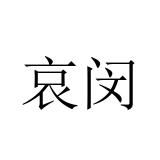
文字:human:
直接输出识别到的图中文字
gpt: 哀闵